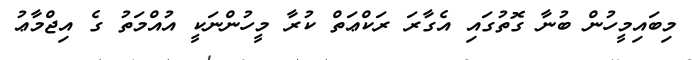
މިބައިމީހުން ބުނާ ގޮތުގައި އެގާރަ ރަކްޢަތް ކުރާ މީހުންނަކީ އުއްމަތު ގެ އިޖްމާޢު